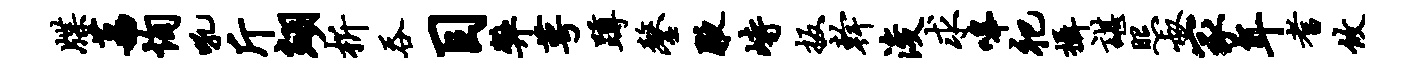
牒荔恂吼斤翊析吞目弊萼蹲鏊腋峙扳干浚求嗥祀摄谌照叔冢年耆攸